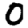
Digit: 0